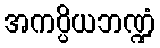
အကပ္ပိယဘဏ္ဍံ